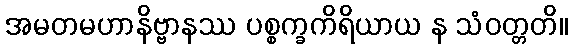
အမတမဟာနိဗ္ဗာနဿ ပစ္စက္ခကိရိယာယ န သံဝတ္တတိ။